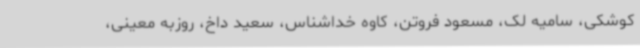
کوشکی، سامیه لک، مسعود فروتن، کاوه خداشناس، سعید داخ، روزبه معینی،